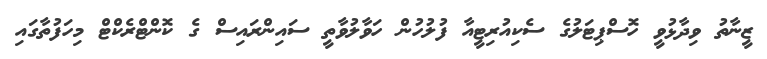
ޒީނާތު ވިދާޅުވީ ހޮސްޕިޓަލުގެ ސެކިއުރިޓީއާ ފުލުހުން ހަވާލުވާތީ ސައިންރައިސް ގެ ކޮންޓްރެކްޓް މިހަފުތާގައި